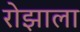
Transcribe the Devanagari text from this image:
रोझाला